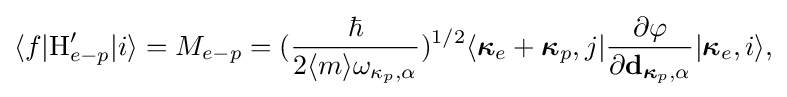
{\begin{aligned}\langle f|\mathrm {H} _{e-p}'|i\rangle =M_{e-p}=({\frac {\hbar }{2\langle m\rangle \omega _{\kappa _{p},\alpha }}})^{1/2}\langle {\boldsymbol {\kappa }}_{e}+{\boldsymbol {\kappa }}_{p},j|{\frac {\partial \varphi }{\partial \mathbf {d} _{{\boldsymbol {\kappa }}_{p},\alpha }}}|{\boldsymbol {\kappa }}_{e},i\rangle ,\end{aligned}}